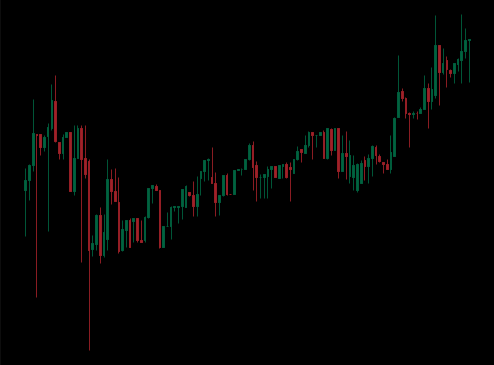
Pattern: unclassified